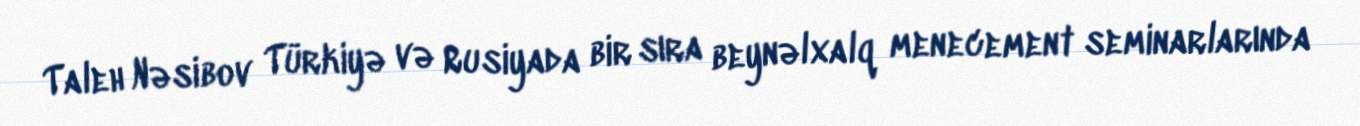
Taleh Nəsibov Türkiyə və Rusiyada bir sıra beynəlxalq menecement seminarlarında